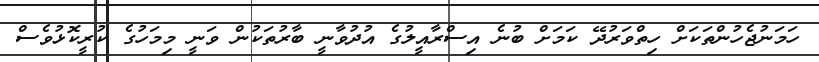
ހަމަނުޖެހުންތަކަށް ހިތްވަރުދޭ ކަމަށް ބުނެ އިސްރާއީލުގެ އުދުވާނީ ބާރުތަކުން ވަނީ މިމަހުގެ ކުރީކޮޅުވެސް